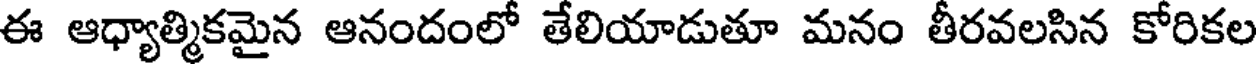
ఈ ఆధ్యాత్మికమైన ఆనందంలో తేలియాడుతూ మనం తీరవలసిన కోరికల